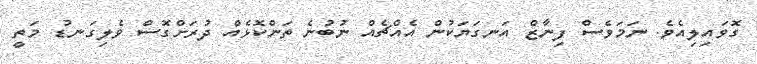
ގޮވައިލިއެވެ. ނަމަވެސް ފިނާޒް އަނގަޔަކުން އެއްޗެއް ނުބުނެ ތަންކޮޅެއް ދުރަށްގޮސް ވެލިގަނޑު މަތީ